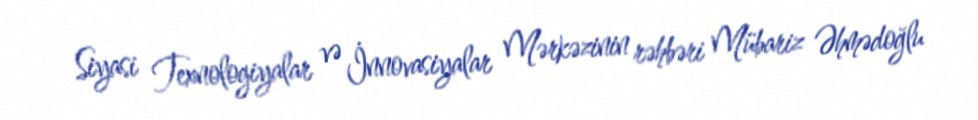
Siyasi Texnologiyalar və İnnovasiyalar Mərkəzinin rəhbəri Mübariz Əhmədoğlu